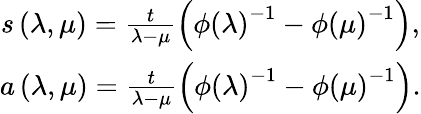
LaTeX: \begin{array}{c}{{s\left(\lambda,\mu\right)=\frac t{\lambda-\mu}\left(\phi\left(\lambda\right)^{-1}-\phi\left(\mu\right)^{-1}\right),}}\\ {{a\left(\lambda,\mu\right)=\frac t{\lambda-\mu}\left(\phi\left(\lambda\right)^{-1}-\phi\left(\mu\right)^{-1}\right).}}\end{array}